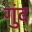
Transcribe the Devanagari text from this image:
गुंद